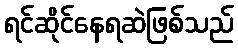
ရင်ဆိုင်နေရဆဲဖြစ်သည်